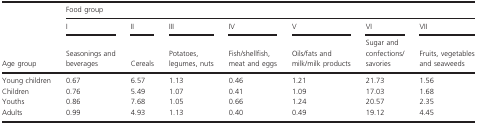
<table><thead><tr><td></td><td colspan="7"><b>Food group</b></td></tr><tr><td></td><td><b>I</b></td><td><b>II</b></td><td><b>III</b></td><td><b>IV</b></td><td><b>V</b></td><td><b>VI</b></td><td><b>VII</b></td></tr><tr><td><b>Age group</b></td><td><b>Seasonings and beverages</b></td><td><b>Cereals</b></td><td><b>Potatoes, legumes, nuts</b></td><td><b>Fish/shellfish, meat and eggs</b></td><td><b>Oils/fats and milk/milk products</b></td><td><b>Sugar and confections/ savories</b></td><td><b>Fruits, vegetables and seaweeds</b></td></tr></thead><tbody><tr><td>Young children</td><td>0.67</td><td>6.57</td><td>1.13</td><td>0.46</td><td>1.21</td><td>21.73</td><td>1.56</td></tr><tr><td>Children</td><td>0.76</td><td>5.49</td><td>1.07</td><td>0.41</td><td>1.09</td><td>17.03</td><td>1.68</td></tr><tr><td>Youths</td><td>0.86</td><td>7.68</td><td>1.05</td><td>0.66</td><td>1.24</td><td>20.57</td><td>2.35</td></tr><tr><td>Adults</td><td>0.99</td><td>4.93</td><td>1.13</td><td>0.40</td><td>0.49</td><td>19.12</td><td>4.45</td></tr></tbody></table>